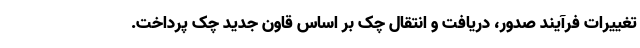
تغییرات فرآیند صدور، دریافت و انتقال چک بر اساس قاون جدید چک پرداخت.